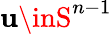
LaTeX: \mathbf{u}\inS^{n-1}